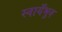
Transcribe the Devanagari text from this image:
स्वायँभुव